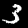
Label: 3